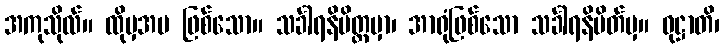
အကုသိုလ်။ ထိုမှအပ ဖြစ်သော။ သင်္ခါရနိမိတ္တမှာ၊ အာရုံဖြစ်သော သင်္ခါရနိမိတ်မှ။ ဝုဋ္ဌာတိ၊